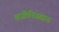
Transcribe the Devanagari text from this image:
बजीरिस्तान